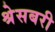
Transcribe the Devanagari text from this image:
श्रेसबरी